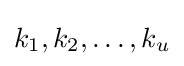
k_{1},k_{2},\dots ,k_{u}